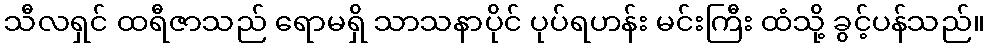
သီလရှင် ထရီဇာသည် ရောမရှိ သာသနာပိုင် ပုပ်ရဟန်း မင်းကြီး ထံသို့ ခွင့်ပန်သည်။